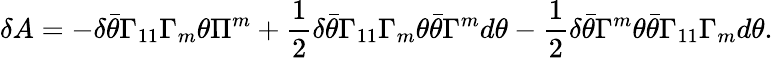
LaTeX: \delta A=-\delta\bar{\theta}\Gamma_{11}\Gamma_{m}\theta\Pi^{m}+{\frac{1}{2}}\delta\bar{\theta}\Gamma_{11}\Gamma_{m}\theta\bar{\theta}\Gamma^{m}d\theta-{\frac{1}{2}}\delta\bar{\theta}\Gamma^{m}\theta\bar{\theta}\Gamma_{11}\Gamma_{m}d\theta.